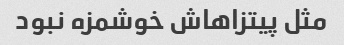
مثل پیتزاهاش خوشمزه نبود